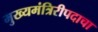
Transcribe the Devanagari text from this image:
मुख्यमंत्रिरीपदाचा